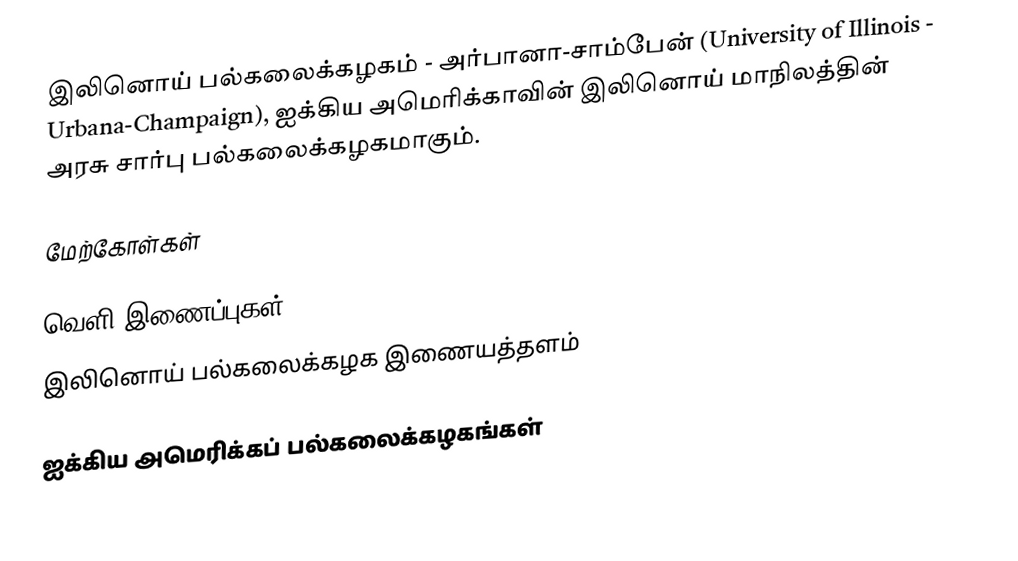
இலினொய் பல்கலைக்கழகம் - அர்பானா-சாம்பேன் (University of Illinois - Urbana-Champaign), ஐக்கிய அமெரிக்காவின் இலினொய் மாநிலத்தின் அரசு சார்பு பல்கலைக்கழகமாகும்.

மேற்கோள்கள்

வெளி இணைப்புகள்
இலினொய் பல்கலைக்கழக இணையத்தளம்

ஐக்கிய அமெரிக்கப் பல்கலைக்கழகங்கள்